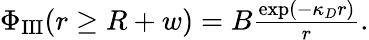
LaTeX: \begin{array}{r}{\Phi_{\textrm{III}}(r\geq R+w)=B\frac{\exp(-\kappa_{D}r)}{r}.}\end{array}